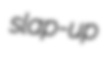
slap-up